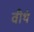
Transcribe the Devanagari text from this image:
वीथं